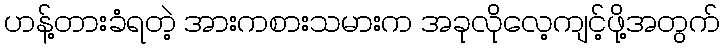
ဟန့်တားခံရတဲ့ အားကစားသမားက အခုလိုလေ့ကျင့်ဖို့အတွက်